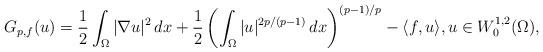
LaTeX: \begin{align*}G_{p,f}(u)=\frac{1}{2}\int_\Omega|\nabla u|^2\,dx+\frac{1}{2}\left(\int_\Omega|u|^{2p/(p-1)}\,dx\right)^{(p-1)/p}-\langle f,u\rangle,u\in W^{1,2}_0(\Omega),\end{align*}